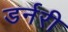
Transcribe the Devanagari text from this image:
डर्नरी